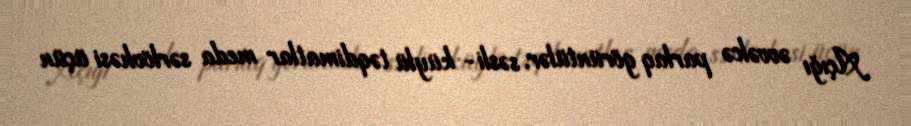
Açığı əvvəlcə parlaq görüntülər, səsli- küylü təqdimatlar meda sərlövhəsi üçün